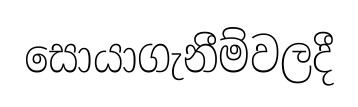
සොයාගැනීම්වලදී